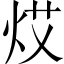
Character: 𤈝